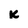
Character: K